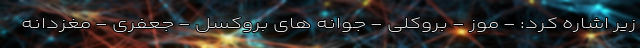
زیر اشاره کرد: - موز - بروکلی - جوانه های بروکسل - جعفری - مغزدانه